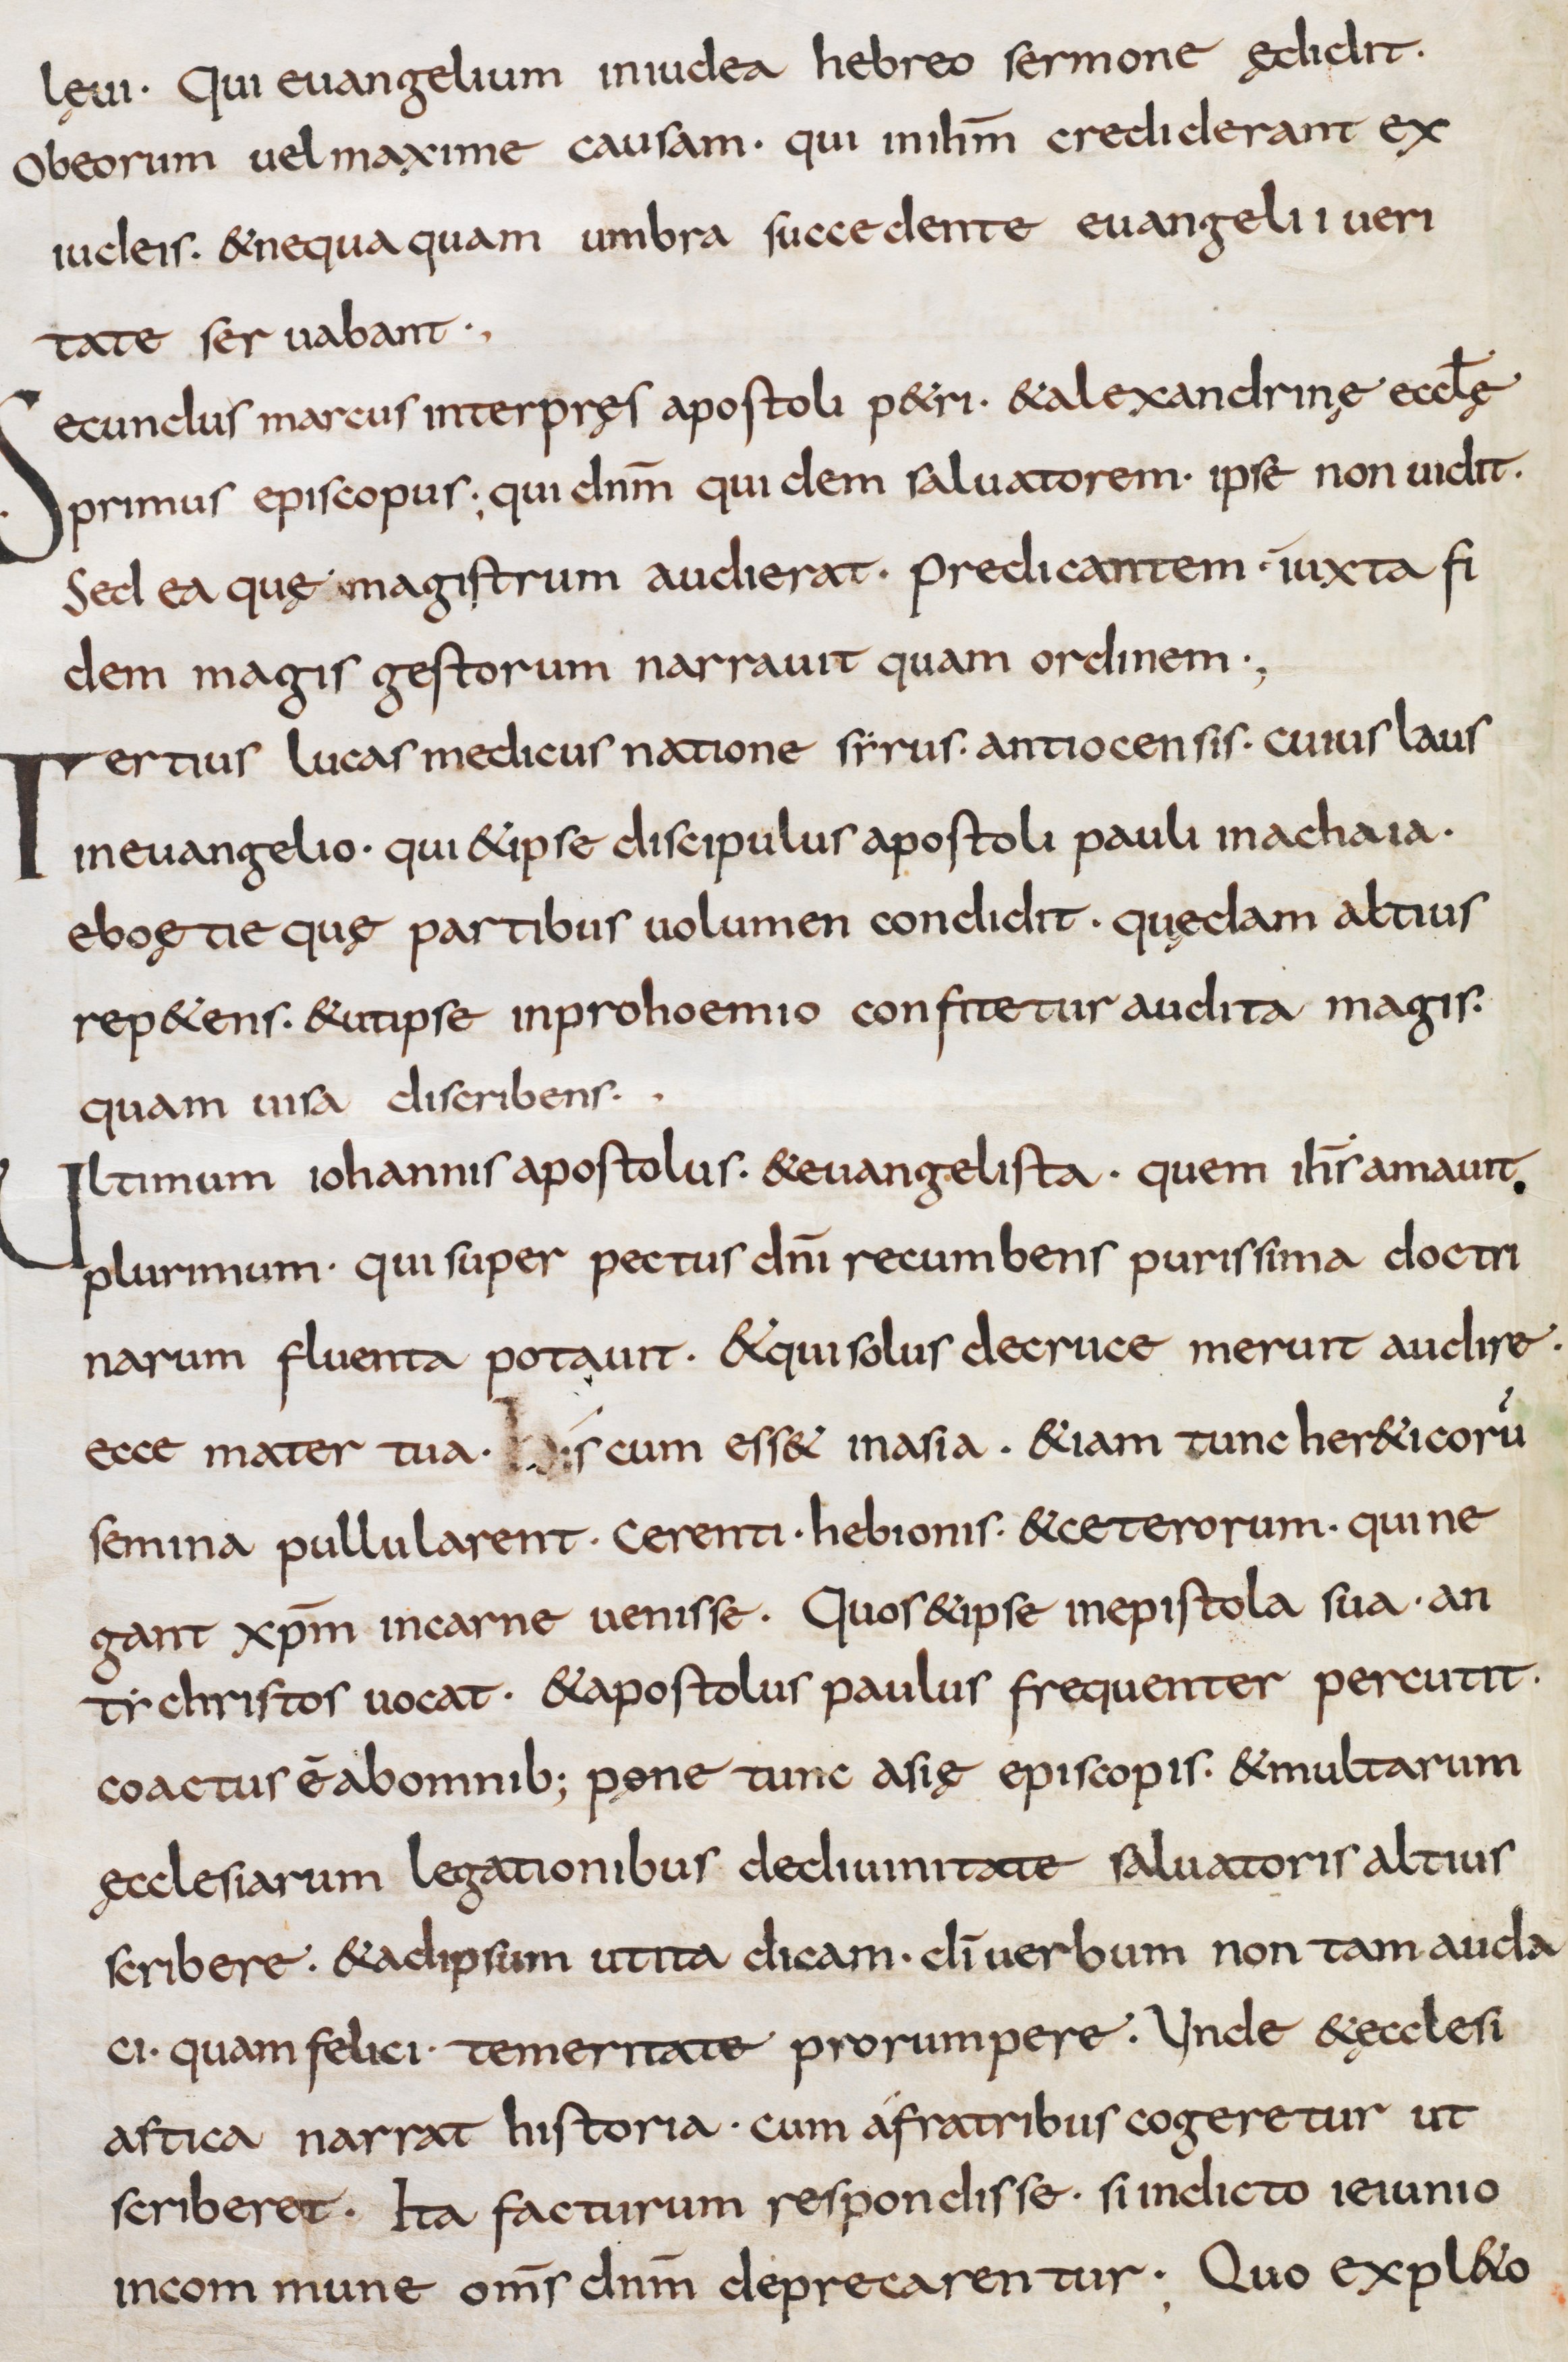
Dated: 800–832